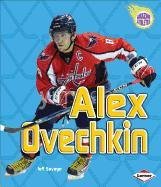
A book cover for Alex Ovechkin (Amazing Athletes); Jeff Savage; Children's Books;